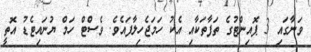
ވަނާގައި 3 ޕޮއިންޓުގެ ތަފާތަކާއި އެކު ހަމަޖެހިލާފައެވެ. ވެސްޓް ހަމް ޔުނައިޓެޑު އޮތީ